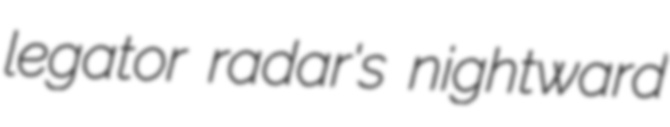
legator radar's nightward